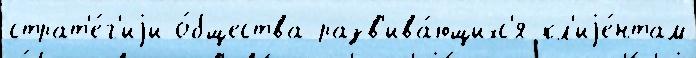
страт'е́г'иjи о́бщества разв'ива́ющихс'я кл'иjе́нтам